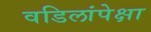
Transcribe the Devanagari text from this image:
वडिलांपेक्षा